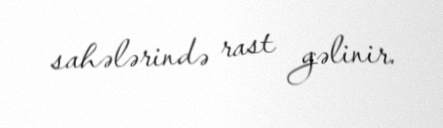
sahələrində rast gəlinir.